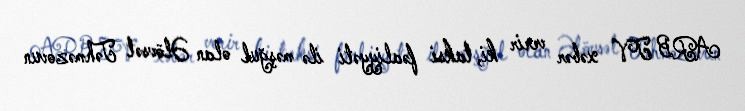
ARB TV xəbər verir ki, taksi fəaliyyəti ilə məşğul olan Əlövsət Təhməzovun